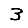
Digit: 3